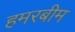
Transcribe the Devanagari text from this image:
हमरबीम